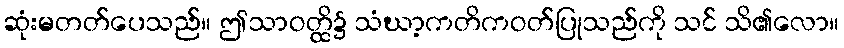
ဆုံးမတတ်ပေသည်။ ဤသာဝတ္ထိ၌ သံဃာ့ကတိကဝတ်ပြုသည်ကို သင် သိ၏လော။